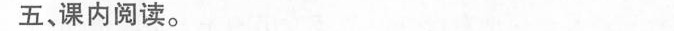
五、课内阅读。